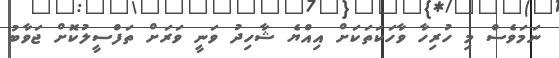
ނަމަވެސް މި ހުރިހާ ވާހަކަތަކަށް އިއްޔެ ޝާހިދު ވަނީ ވަރަށް ތަފްސީލުކޮށް ޖަވާބު